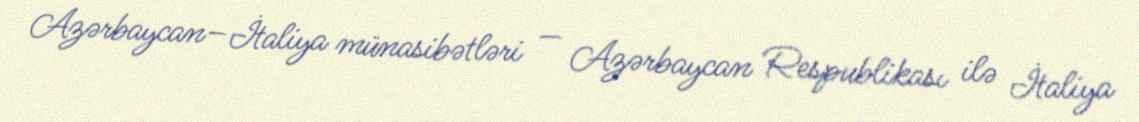
Azərbaycan–İtaliya münasibətləri — Azərbaycan Respublikası ilə İtaliya